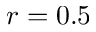
r = 0 . 5